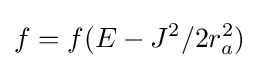
f=f(E-J^{2}/2r_{a}^{2})